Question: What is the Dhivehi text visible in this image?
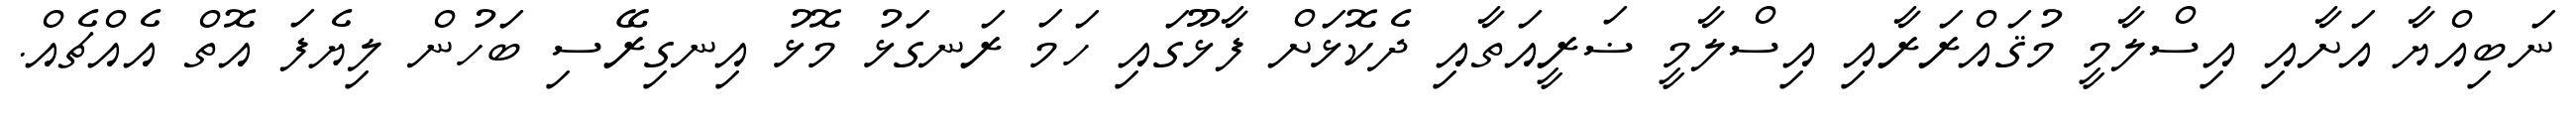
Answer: ނަބިއްޔާ އަށާއި އިސްލާމީ މުޤައްރަރާއި އިސްލާމީ ޟަރީއަތާއި ދެކޮޅަށް ފާޅޫގައި ހަމަ ރަނގަޅު މޮޅު އިނގިރޭސި ބަހުން ލިޔެފަ އޮތް އެއްޗެއް.